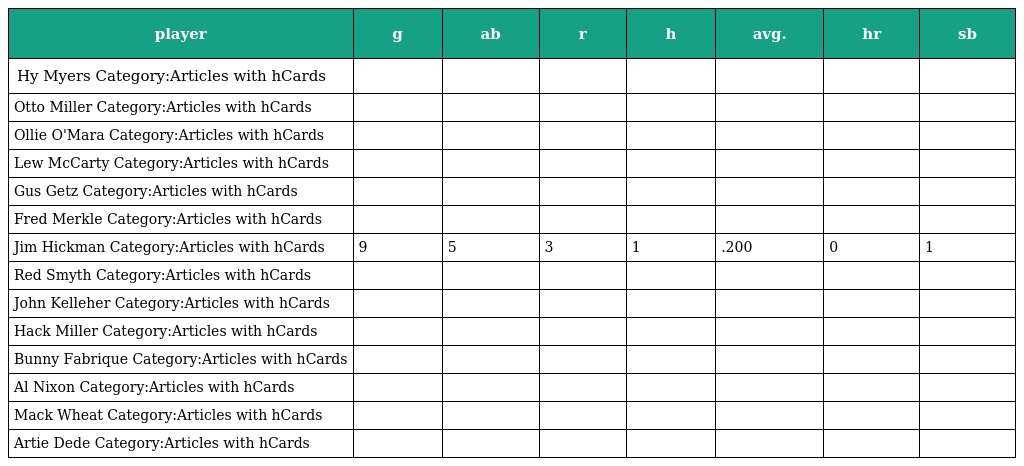
| player | g | ab | r | h | avg. | hr | sb |
 | --- | --- | --- | --- | --- | --- | --- | --- |
 | Hy Myers Category:Articles with hCards |  |  |  |  |  |  |  |
 | Otto Miller Category:Articles with hCards |  |  |  |  |  |  |  |
 | Ollie O'Mara Category:Articles with hCards |  |  |  |  |  |  |  |
 | Lew McCarty Category:Articles with hCards |  |  |  |  |  |  |  |
 | Gus Getz Category:Articles with hCards |  |  |  |  |  |  |  |
 | Fred Merkle Category:Articles with hCards |  |  |  |  |  |  |  |
 | Jim Hickman Category:Articles with hCards | 9 | 5 | 3 | 1 | .200 | 0 | 1 |
 | Red Smyth Category:Articles with hCards |  |  |  |  |  |  |  |
 | John Kelleher Category:Articles with hCards |  |  |  |  |  |  |  |
 | Hack Miller Category:Articles with hCards |  |  |  |  |  |  |  |
 | Bunny Fabrique Category:Articles with hCards |  |  |  |  |  |  |  |
 | Al Nixon Category:Articles with hCards |  |  |  |  |  |  |  |
 | Mack Wheat Category:Articles with hCards |  |  |  |  |  |  |  |
 | Artie Dede Category:Articles with hCards |  |  |  |  |  |  |  |